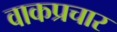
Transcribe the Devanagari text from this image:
वाकप्रचार